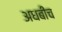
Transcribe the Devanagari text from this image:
अधबीच